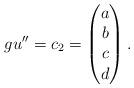
LaTeX: \begin{align*}gu'' = c_2 = \begin{pmatrix}a\\b\\c\\d\end{pmatrix}. \end{align*}